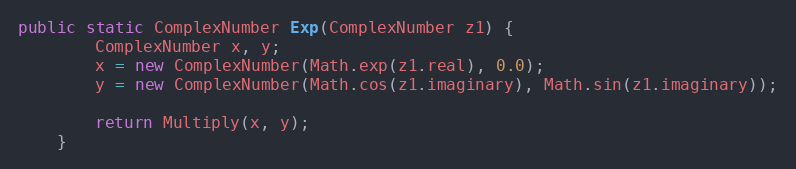
Language: Java
public static ComplexNumber Exp(ComplexNumber z1) {
        ComplexNumber x, y;
        x = new ComplexNumber(Math.exp(z1.real), 0.0);
        y = new ComplexNumber(Math.cos(z1.imaginary), Math.sin(z1.imaginary));

        return Multiply(x, y);
    }